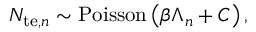
N _ { \mathrm { t e } , n } \sim \mathrm { P o i s s o n } \left( \beta \Lambda _ { n } + C \right) ,